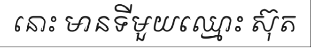
នោះ មានទីមួយឈ្មោះ ស៊ុត